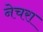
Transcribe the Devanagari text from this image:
नेचरा